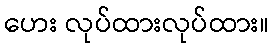
ဟေး လုပ်ထားလုပ်ထား။